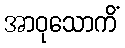
အာဝုသောကိံ